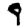
Digit: 9